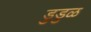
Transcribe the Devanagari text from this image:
डुडुळ